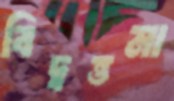
বিদ্বত্তমা